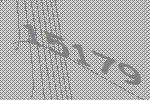
15179